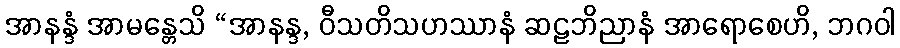
အာနန္ဒံ အာမန္တေသိ “အာနန္ဒ, ဝီသတိသဟဿာနံ ဆဠဘိညာနံ အာရောစေဟိ, ဘဂဝါ